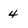
Character: 4